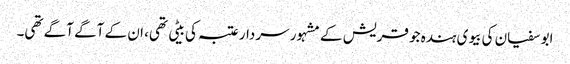
ابو سفیان کی بیوی ہندہ جو قریش کے مشہور سردار عتبہ کی بیٹی تھی، ان کے آگے آگے تھی۔